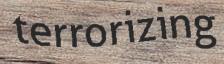
terrorizing